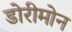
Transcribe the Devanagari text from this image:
डोरीमोन